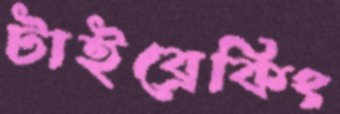
টাইব্রেকিং